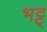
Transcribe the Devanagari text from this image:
भट्ट्